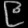
Digit: ၉